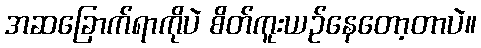
အဆခြောက်ရာကိုပဲ စိတ်ကူးယဉ်နေတော့တာပဲ။